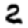
Digit: 2